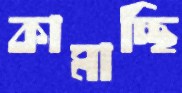
কামাচ্ছি